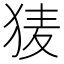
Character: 𭸌